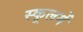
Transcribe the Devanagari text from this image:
स्कूलमें